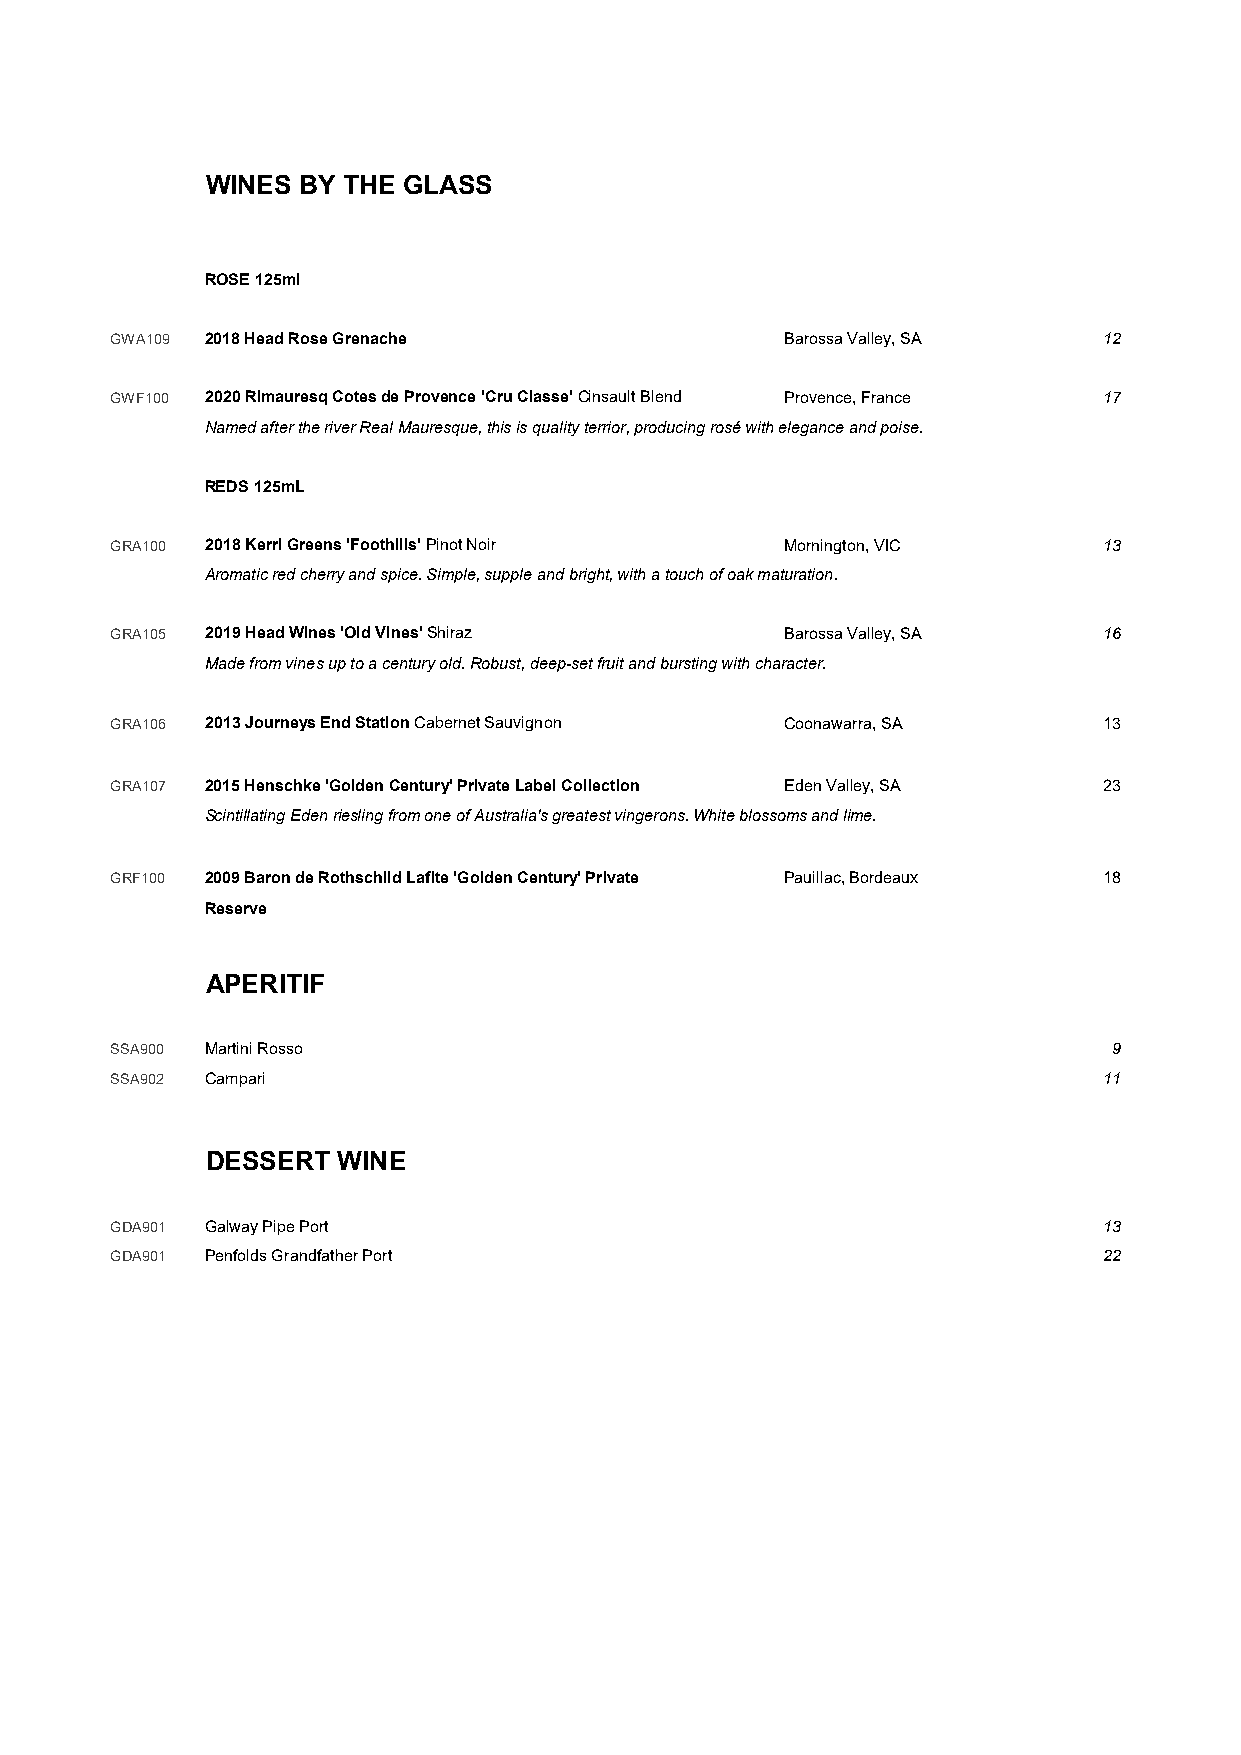
WINES BY THE GLASS
 ROSE 125ml
 GWA109 2018 Head Rose Grenache               Barossa Valley, SA   12
 GWF100 2020 Rimauresq Cotes de Provence 'Cru Classe' Cinsault Blend Provence, France 17
 Named after the river Real Mauresque, this is quality terrior, producing rosé with elegance and poise.
 REDS 125mL
 GRA100 2018 Kerri Greens 'Foothills' Pinot Noir Mornington, VIC   13
 Aromatic red cherry and spice. Simple, supple and bright, with a touch of oak maturation.
 GRA105 2019 Head Wines 'Old Vines' Shiraz    Barossa Valley, SA   16
 Made from vines up to a century old. Robust, deep-set fruit and bursting with character.
 GRA106 2013 Journeys End Station Cabernet Sauvignon Coonawarra, SA 13
 GRA107 2015 Henschke 'Golden Century' Private Label Collection Eden Valley, SA 23
 Scintillating Eden riesling from one of Australia's greatest vingerons. White blossoms and lime.
 GRF100 2009 Baron de Rothschild Lafite 'Golden Century' Private Pauillac, Bordeaux 18
 Reserve
 APERITIF
 SSA900 Martini Rosso                                               9
 SSA902 Campari                                                    11
 DESSERT WINE
 GDA901 Galway Pipe Port                                           13
 GDA901 Penfolds Grandfather Port                                  22